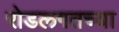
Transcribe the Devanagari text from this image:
रोडलगतच्या